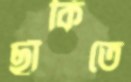
ছাঁকিতে